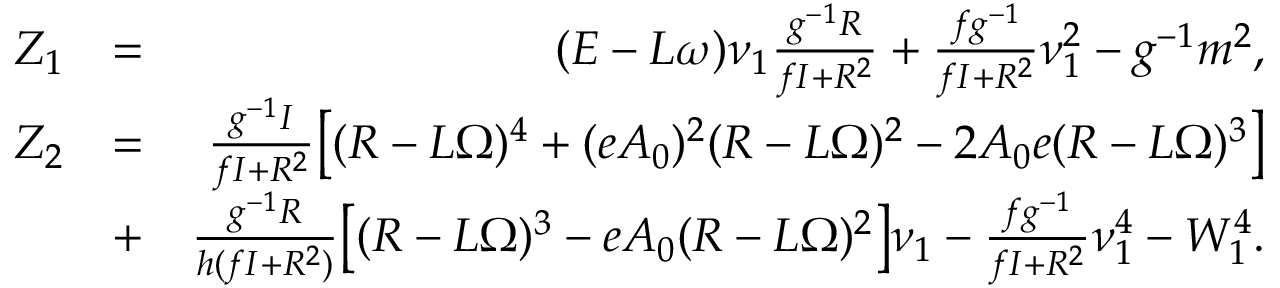
\begin{array} { r l r } { Z _ { 1 } } & { = } & { ( E - L \omega ) \nu _ { 1 } \frac { g ^ { - 1 } R } { f I + R ^ { 2 } } + \frac { f g ^ { - 1 } } { f I + R ^ { 2 } } \nu _ { 1 } ^ { 2 } - g ^ { - 1 } m ^ { 2 } , } \\ { Z _ { 2 } } & { = } & { \frac { g ^ { - 1 } I } { f I + R ^ { 2 } } \big [ ( R - L \Omega ) ^ { 4 } + ( e A _ { 0 } ) ^ { 2 } ( R - L \Omega ) ^ { 2 } - 2 A _ { 0 } e ( R - L \Omega ) ^ { 3 } \big ] } \\ & { + } & { \frac { g ^ { - 1 } R } { h ( f I + R ^ { 2 } ) } \big [ ( R - L \Omega ) ^ { 3 } - e A _ { 0 } ( R - L \Omega ) ^ { 2 } \big ] \nu _ { 1 } - \frac { f g ^ { - 1 } } { f I + R ^ { 2 } } \nu _ { 1 } ^ { 4 } - W _ { 1 } ^ { 4 } . } \end{array}